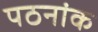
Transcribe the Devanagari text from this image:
पठनांक